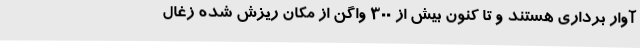
آوار برداری هستند و تا کنون بیش از ۳۰۰ واگن از مکان ریزش شده زغال